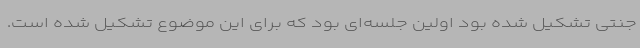
جنتی تشکیل شده بود اولین جلسه‌ای بود که برای این موضوع تشکیل شده است.